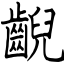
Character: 齯